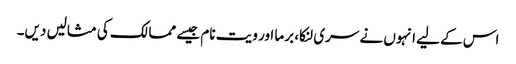
اس کے لیے انہوں نے سری لنکا، برما اور ویت نام جیسے ممالک کی مثالیں دیں۔